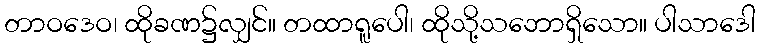
တာဝဒေဝ၊ ထိုခဏ၌လျှင်။ တထာရူပေါ၊ ထိုသို့သဘောရှိသော။ ပါသာဒေါ